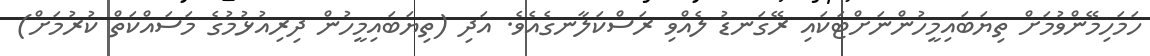
ހަމަހިމޭންވުމަށް ތިޔަބައިމީހުންނަށްޓަކައި ރޭގަނޑު ލެއްވި ރަސްކަލާނގެއެވެ. އަދި (ތިޔަބައިމީހުން ދިރިއުޅުމުގެ މަސައްކަތް ކުރުމަށް)